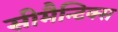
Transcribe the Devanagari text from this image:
सीमैन्टिक्स